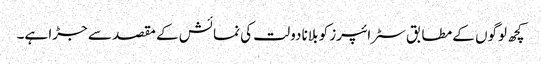
کچھ لوگوں کے مطابق سٹرائپرز کو بلانا دولت کی نمائش کے مقصد سے جڑا ہے۔